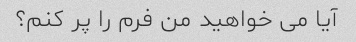
آیا می خواهید من فرم را پر کنم؟